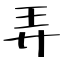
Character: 弄